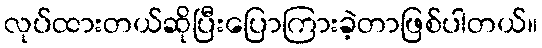
လုပ်ထားတယ်ဆိုပြီးပြောကြားခဲ့တာဖြစ်ပါတယ်။